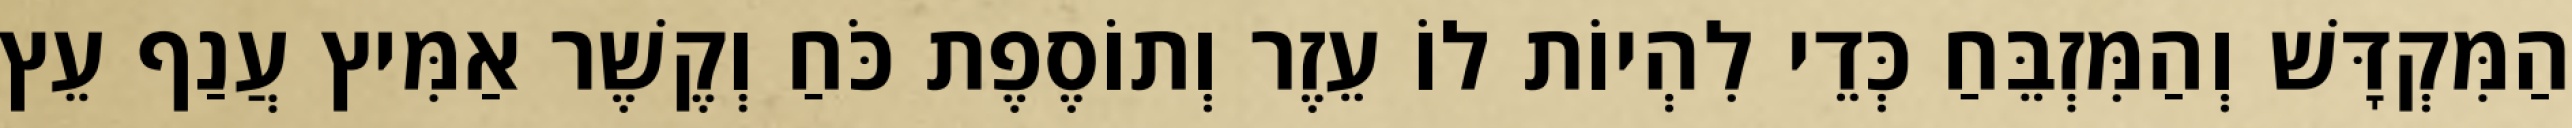
הַמִּקְדָּשׁ וְהַמִּזְבֵּחַ כְּדֵי לִהְיוֹת לוֹ עֵזֶר וְתוֹסֶפֶת כֹּחַ וְקֶשֶׁר אַמִּיץ עֲנַף עֵץ